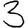
Digit: 3